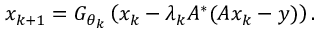
x _ { k + 1 } = G _ { \theta _ { k } } \left( x _ { k } - \lambda _ { k } A ^ { * } ( A x _ { k } - y ) \right) .